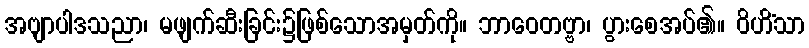
အဗျာပါဒသညာ၊ မဖျက်ဆီးခြင်း၌ဖြစ်သောအမှတ်ကို။ ဘာဝေတဗ္ဗာ၊ ပွားစေအပ်၏။ ဝိဟိံသာ